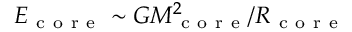
E _ { \mathrm { ~ c ~ o ~ r ~ e ~ } } \sim G M _ { \mathrm { ~ c ~ o ~ r ~ e ~ } } ^ { 2 } / R _ { \mathrm { ~ c ~ o ~ r ~ e ~ } }